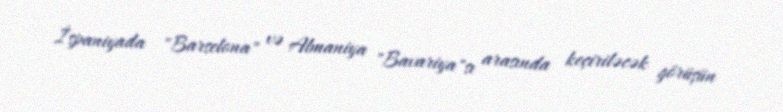
İspaniyada "Barselona" və Almaniya "Bavariya"sı arasında keçiriləcək görüşün